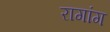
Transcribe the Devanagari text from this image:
रागांग